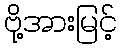
ဗို့အားမြင့်